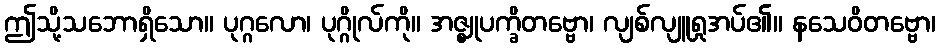
ဤသို့သဘောရှိသော။ ပုဂ္ဂလော၊ ပုဂ္ဂိုလ်ကို။ အဇ္ဈုပက္ခိတဗ္ဗော၊ လျစ်လျူရှုအပ်၏။ နသေဝိတဗ္ဗော၊